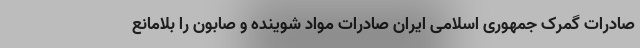
صادرات گمرک جمهوری اسلامی ایران صادرات مواد شوینده و صابون را بلامانع